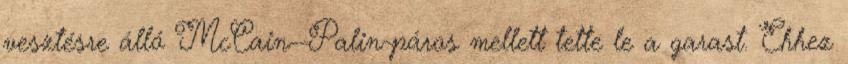
vesztésre álló McCain--Palin-páros mellett tette le a garast. Ehhez